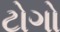
ટોગો